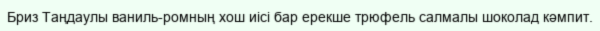
Бриз Таңдаулы ваниль-ромның хош иісі бар ерекше трюфель салмалы шоколад кәмпит.